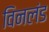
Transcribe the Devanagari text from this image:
विनलंड